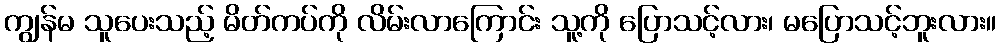
ကျွန်မ သူပေးသည့် မိတ်ကပ်ကို လိမ်းလာကြောင်း သူ့ကို ပြောသင့်လား၊ မပြောသင့်ဘူးလား။